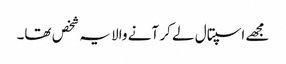
مجھے اسپتال لے کر آنے والا یہ شخص تھا۔